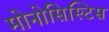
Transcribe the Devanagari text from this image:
मोनोसिस्टिस